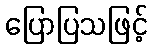
ပြောပြသဖြင့်